Annual administration report of the Civil Veterinary Department of India - 1900-1901
Year: 1900
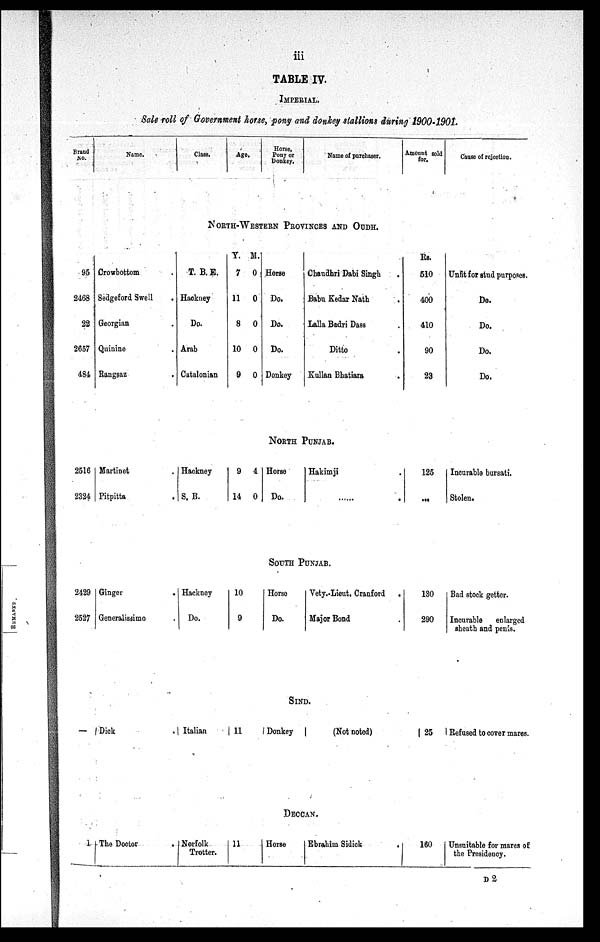
iii
TABLE IV.
IMPERIAL.
Sale roll of Government horse, pony and donkey stallions during 1900-1901.
Brand
Name.
Class.
Age
.
Horse,
Pony or
Donkey.
Name of purchaser.
Amount sold
for.
Cause of rejection.
NORTH-WESTERN PROVINCES AND OUDH.
95
2468
22
2657
484
Crowbottom .
Sedgeford Swell .
Georgian .
Quinine .
Rangsaz .
T. B. E.
Hackney
Do.
Arab
Catalonian
Y.
7
11
8
10
9
M.
0
0
0
0
0
Horse
Do.
Do.
Do.
Donkey
Chaudhri Dabi Singh .
Babu Kedar Nath .
Lalla Badri Dass .
Ditto .
Kullan Bhatiara .
Rs.
510
400
410
90
23
Unfit for stud purposes.
Do.
Do.
Do.
Do.
NORTH PUNJAB.
2516
2324
Martinet
Pitpitta
Hackney
S. B.
9
14
4
0
Horse
Do.
Hakimji
125
...
Incurable bursati.
Stolen.
SOUTH PUNJAB.
2429
2527
Ginger
.
Generalissimo .
Hackney
Do.
10
9
Horse
Do.
Vety.-Lieut. Cranford
.
Major Bond .
130
290
Bad stock getter.
Incurable
enlarged
sheath and penis.
SIND.
–– Dick.
Italian
11
Donkey
(Not noted)
25
Refused to cover mares.
DECCAN.
1 The Doctor
Norfolk
Trotter.
11
Horse
Ebrahiin Sidick
.
160
Unsuitable for mares of
the Presidency.
D 2